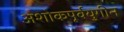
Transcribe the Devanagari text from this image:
अशोकपूर्वयुगीन